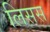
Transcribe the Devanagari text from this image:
लिसस